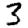
Digit: 3